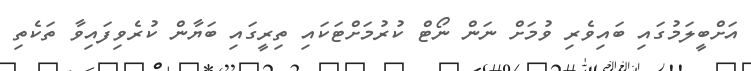
އަށްބީލަމުގައި ބައިވެރި ވުމަށް ނަން ނޯޓް ކުރުމަށްޓަކައި ތިރީގައި ބަޔާން ކުރެވިފައިވާ ތަކެތި